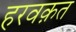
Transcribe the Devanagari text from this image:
हरवक़त